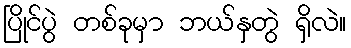
ပြိုင်ပွဲ တစ်ခုမှာ ဘယ်နှတွဲ ရှိလဲ။